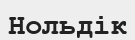
Нольдік